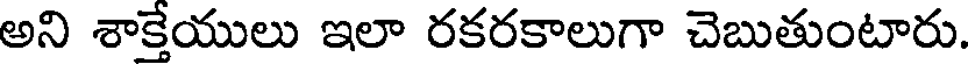
అని శాక్తేయులు ఇలా రకరకాలుగా చెబుతుంటారు.